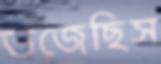
ভজেছিস